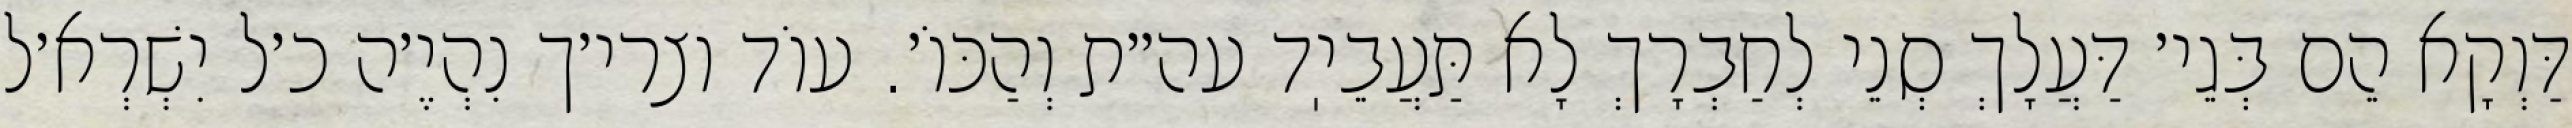
דַּוְקָא הֵם בְּגֵי׳ דַּעֲלָךְ סְנֵי לְחַבְרָךְ לָא תַּעֲבֵיֽד עה״ת וְהַכּוֹ׳. עוֹד וצרי׳ך נִהְיֶ׳ה כ׳ל יִשְׁרְא׳ל